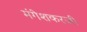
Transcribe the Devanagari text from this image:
मंगेशकरजी